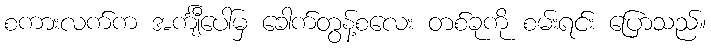
စကားလက်က အင်္ကျီပေါ်မှ ခေါက်တွန့်စလေး တစ်ခုကို စမ်းရင်း ပြောသည်။